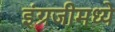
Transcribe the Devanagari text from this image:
इंग्रजीमध्‍ये